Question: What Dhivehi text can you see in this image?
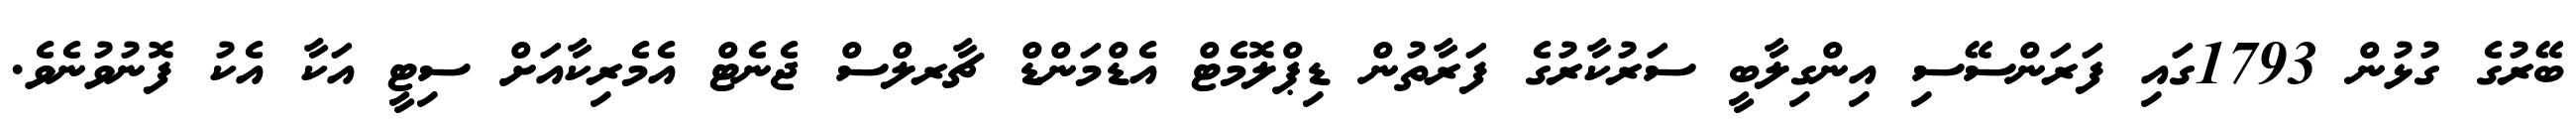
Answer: ބޭރުގެ ގުޅުން 1793ގައި ފަރަންސޭސި އިންގިލާބީ ސަރުކާރުގެ ފަރާތުން ޑިޕްލޮމެޓް އެޑްމަންޑް ޗާރލްސް ޖެނެޓް އެމެރިކާއަށް ސިޓީ އަކާ އެކު ފޮނުވުނެވެ.